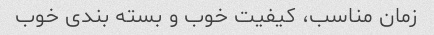
زمان مناسب، کیفیت خوب و بسته بندی خوب